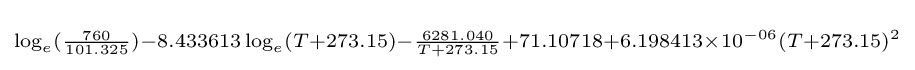
\scriptstyle \log _{e}({\frac {760}{101.325}})-8.433613\log _{e}(T+273.15)-{\frac {6281.040}{T+273.15}}+71.10718+6.198413\times 10^{-06}(T+273.15)^{2}